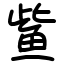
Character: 𫚖